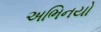
અભિનયો